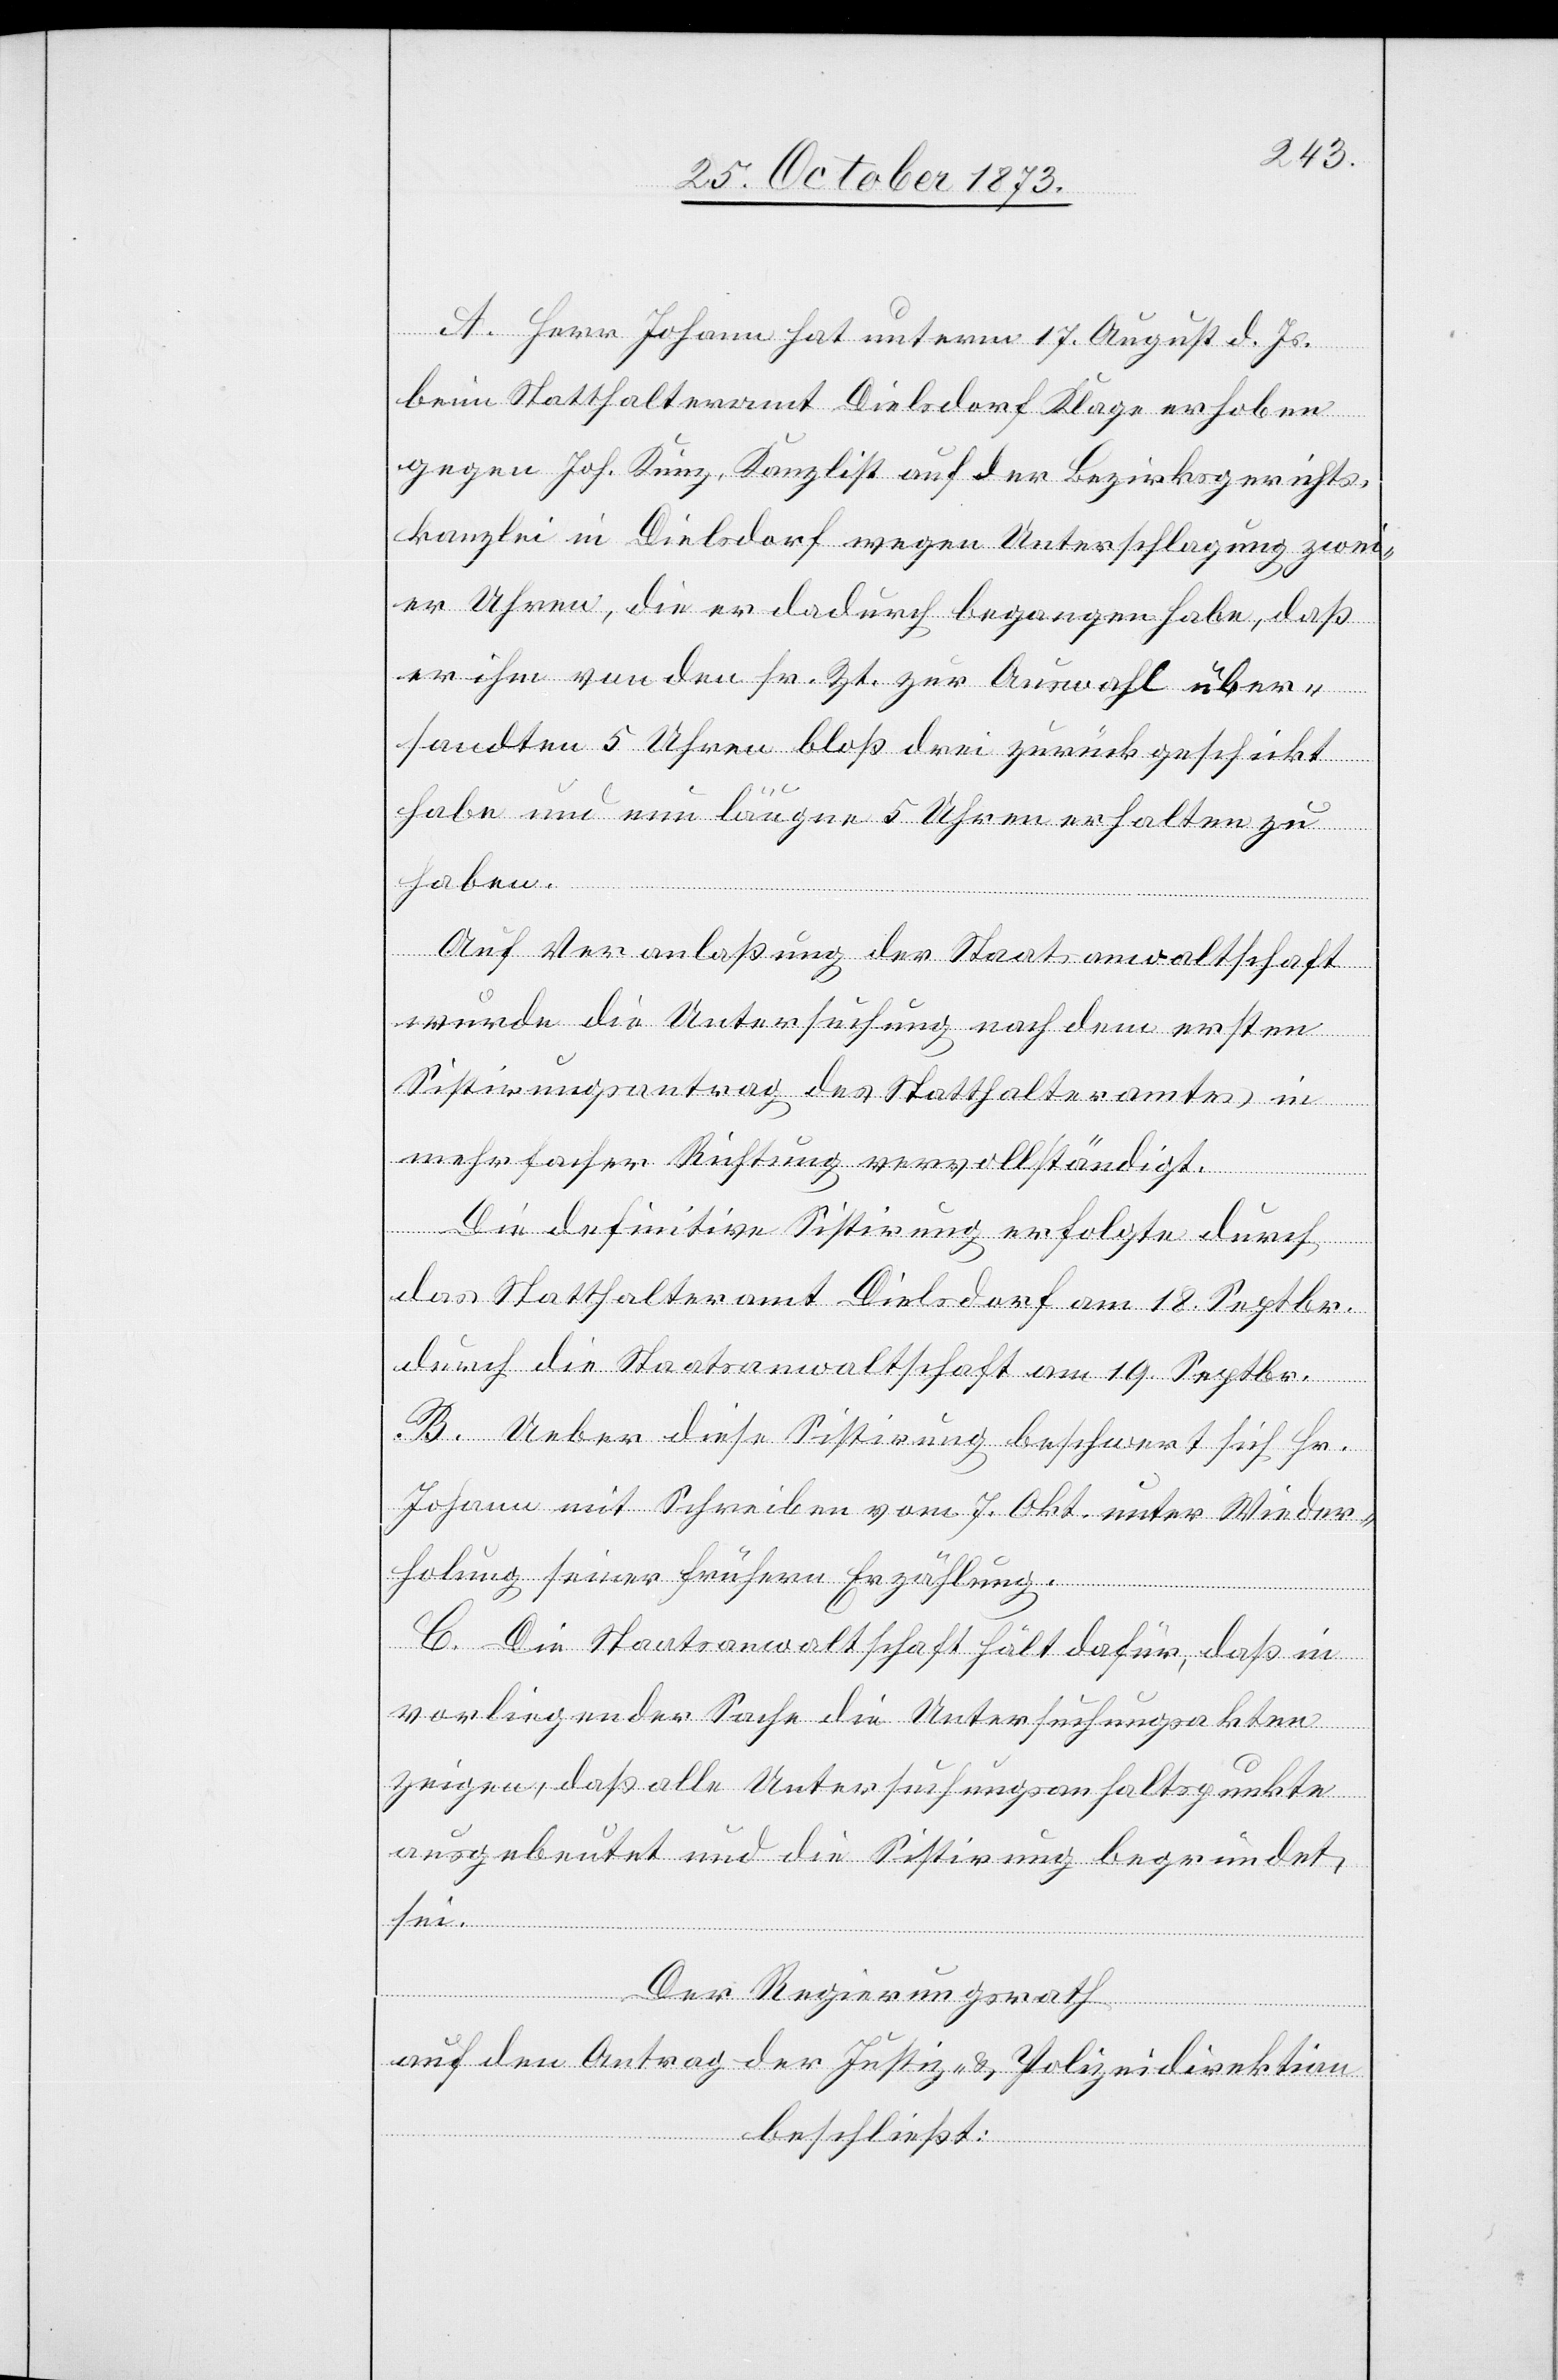
A. Herr Johann hat unterm 17. August d. Js.
beim Statthalteramt Dielsdorf Klage erhoben
gegen Joh. Kunz, Kanzlist auf der Bezirksgerichts¬
kanzlei in Dielsdorf wegen Unterschlagung zwei¬
er Uhren, die er dadurch begangen habe, daß
er ihm von den sr. Zt. zur Auswahl über¬
sandten 5 Uhren bloß drei zurückgeschickt
habe und nun läugne 5 Uhren erhalten zu
haben.
Auf Veranlaßung der Staatsanwaltschaft
wurde die Untersuchung nach dem ersten
Sistirungsantrag des Statthalteramtes in
mehrfacher Richtung vervollständigt.
Die definitive Sistirung erfolgte durch
das Statthalteramt Dielsdorf am 18. Septbr.
durch die Staatsanwaltschaft am 19. Septbr.
B. Ueber diese Sistirung beschwert sich Hr.
Johann mit Schreiben vom 7. Okt. unter Wieder¬
holung seiner frühern Erzählung.
C. Die Staatsanwaltschaft hält dafür, daß in
vorliegender Sache die Untersuchungsakten
zeigen, daß alle Untersuchungsanhaltspunkte
ausgebeutet und die Sistirung begründet
sei.
Der Regierungsrath
auf den Antrag der Justiz- & Polizeidirektion
beschließt: